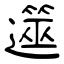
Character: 遾